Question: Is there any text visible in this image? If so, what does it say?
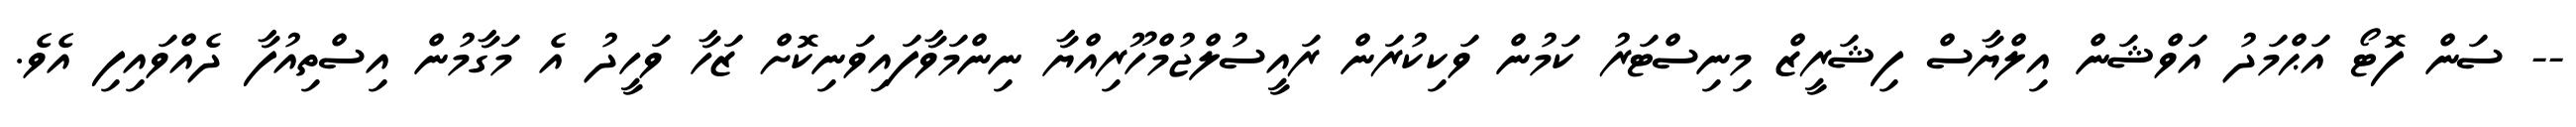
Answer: -- ސަން ފޮޓޯ އަޙްމަދު އަވްޝަން އިލްޔާސް ފިޝަރީޒް މިނިސްޓަރު ކަމުން ވަކިކުރަން ރައީސުލްޖުމްހޫރިއްޔާ ނިންމަވާފައިވަނިކޮށް ޒަހާ ވަހީދު އެ މަގާމުން އިސްތިއުފާ ދެއްވައިފި އެވެ.